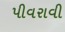
પીવરાવી